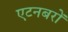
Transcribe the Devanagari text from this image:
एटनबरों